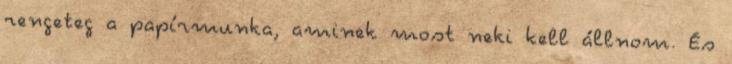
rengeteg a papírmunka, aminek most neki kell állnom. És